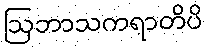
ဩဘာသကရာတိပိ